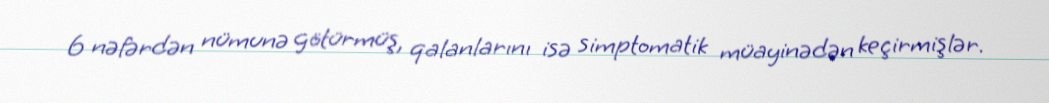
6 nəfərdən nümunə götürmüş, qalanlarını isə simptomatik müayinədən keçirmişlər.